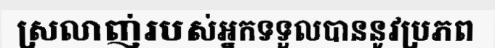
ស្រលាញ់របស់អ្នកទទួលបាននូវប្រភព